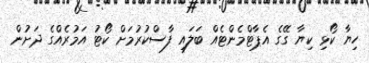
ހިޔާ ކޯޅި ކިޔާ ގޭގެ އެޕާޓްމެންޓެއް ބަލައި ފާސްކުރުމަށް ކޯޓު އަމުރެއްގެ ދަށުން